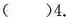
( )4.